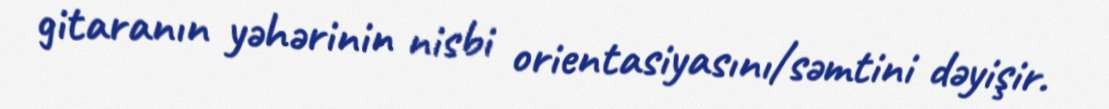
gitaranın yəhərinin nisbi orientasiyasını/səmtini dəyişir.